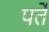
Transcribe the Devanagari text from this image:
पर्ते